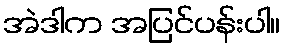
အဲဒါက အပြင်ပန်းပါ။